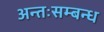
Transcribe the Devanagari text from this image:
अन्तःसम्बन्ध